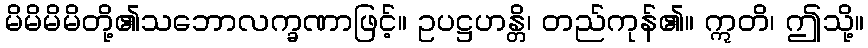
မိမိမိမိတို့၏သဘောလက္ခဏာဖြင့်။ ဥပဋ္ဌဟန္တိ၊ တည်ကုန်၏။ ဣတိ၊ ဤသို့။